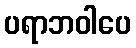
ပရာဘဝါပေ